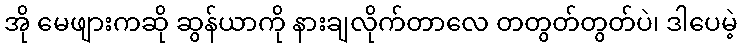
အို မေဖျားကဆို ဆွန်ယာကို နားချလိုက်တာလေ တတွတ်တွတ်ပဲ၊ ဒါပေမဲ့